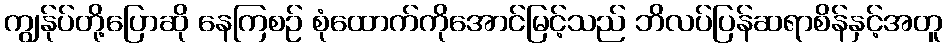
ကျွန်ုပ်တို့ပြောဆို နေကြစဉ် စုံထောက်ကိုအောင်မြင့်သည် ဘိလပ်ပြန်ဆရာစိန်နှင့်အတူ